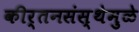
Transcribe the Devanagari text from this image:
कीर्तनसंस्थेमुळे